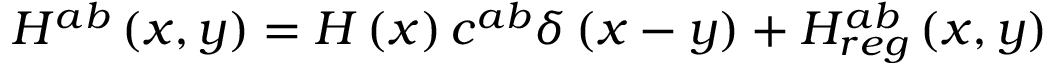
H ^ { a b } \left( x , y \right) = H \left( x \right) c ^ { a b } \delta \left( x - y \right) + H _ { r e g } ^ { a b } \left( x , y \right)